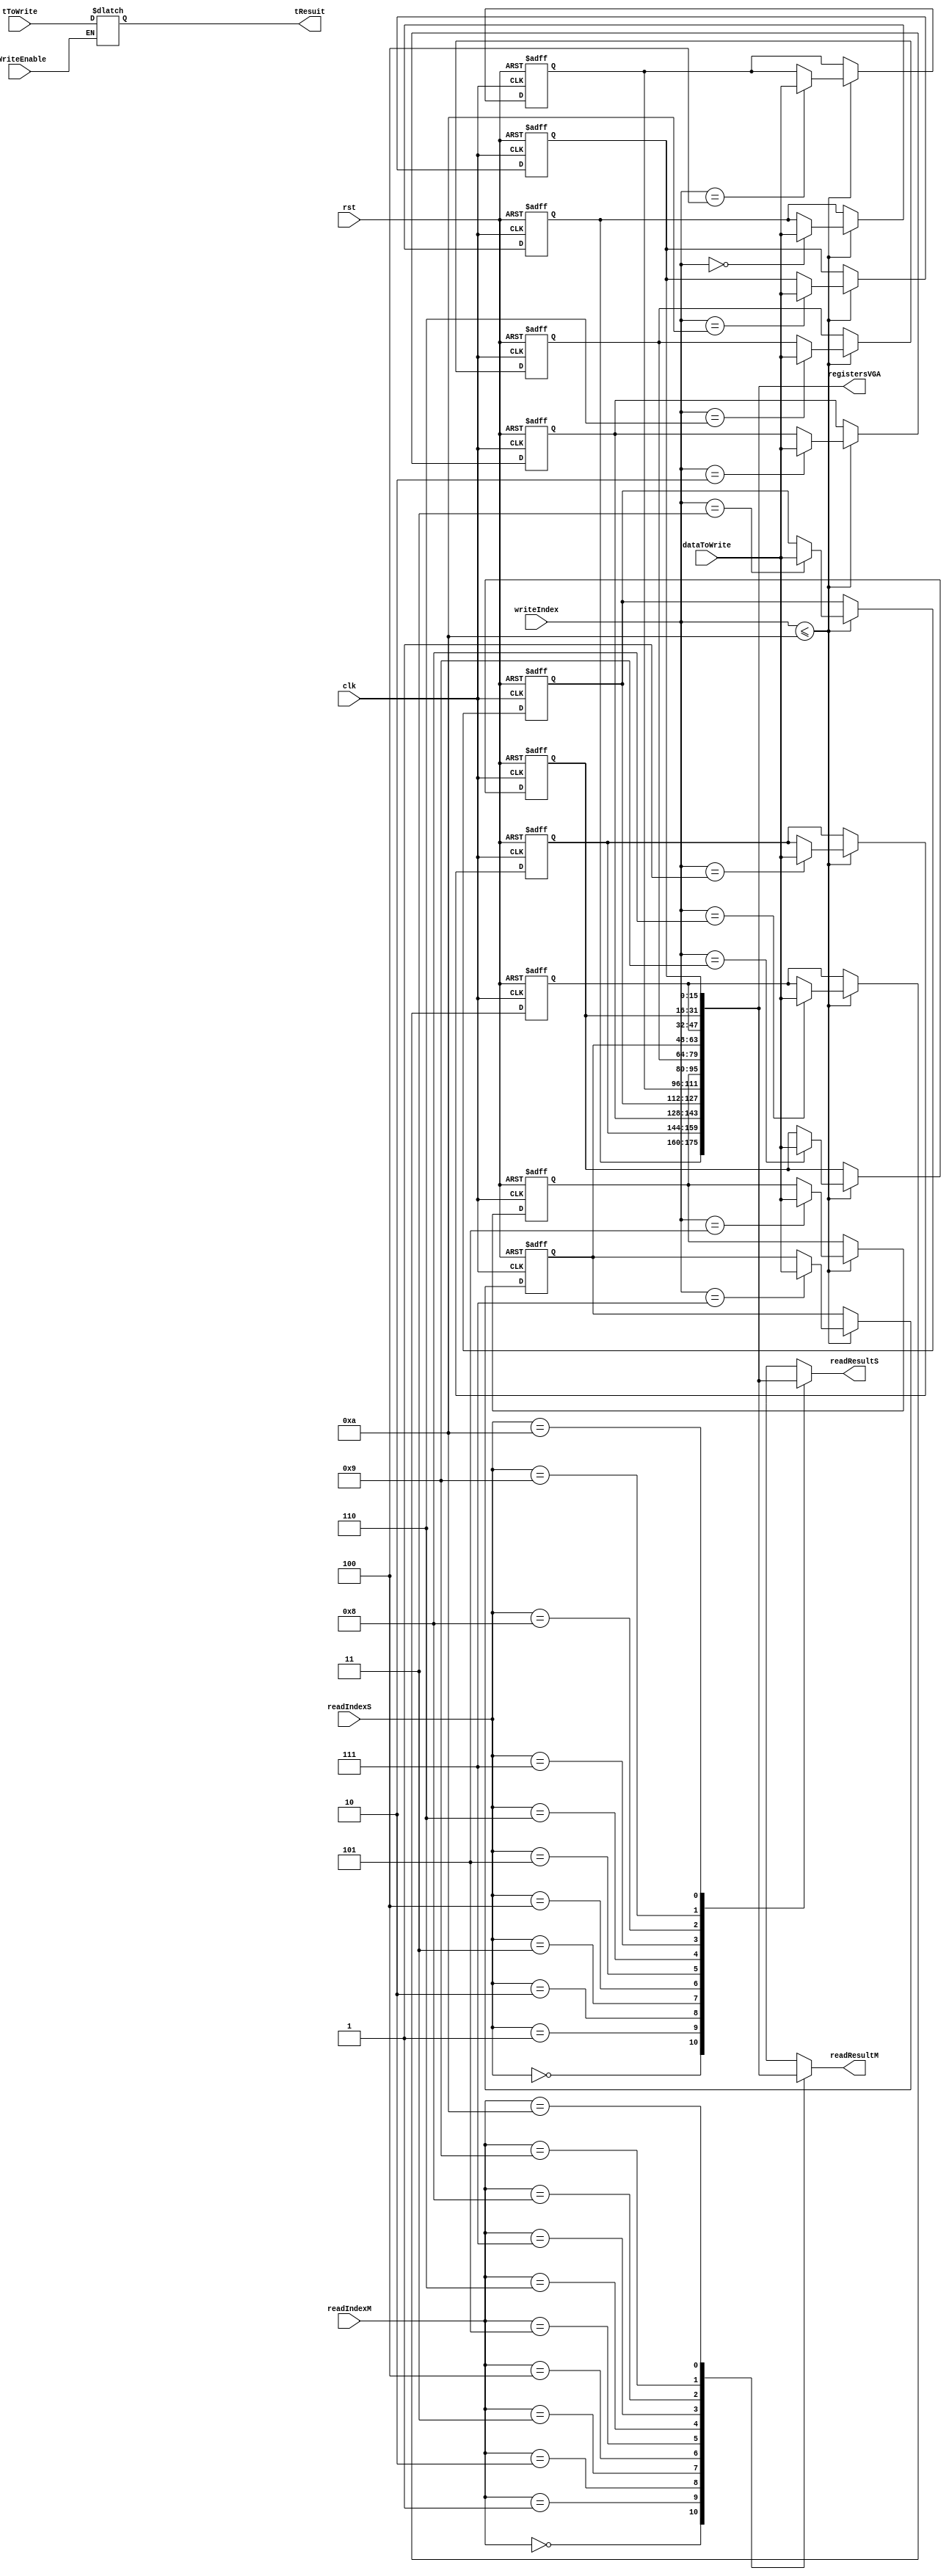
module Register (
  input clk, rst,
  input [3:0] readIndexS, readIndexM,
  input tWriteEnable, tToWrite,
  input [3:0] writeIndex,
  input [15:0] dataToWrite,
  // -- output to vga renderer
  output [175:0] registersVGA,
  output [15:0] readResultS, readResultM,
  output tResuit
);

reg [15:0] registers [0:4'b1010];
reg t;

// 0000 - 0111 R0 - R7;
// 1000 IH
// 1001 SP
// 1010 RA

// -- VGA signal
assign registersVGA = {
  registers[0],
  registers[1],
  registers[2],
  registers[3],
  registers[4],
  registers[5],
  registers[6],
  registers[7],
  registers[8],
  registers[9],
  registers[10]
  };

assign readResultS = registers[readIndexS];
assign readResultM = registers[readIndexM];
assign tResuit = t;

always @ (tWriteEnable, tToWrite)
  if (!tWriteEnable)
    t = tToWrite;

always @ (negedge clk, negedge rst)
begin
  if (!rst)
  begin
    registers[0] = 0;
    registers[1] = 0;
    registers[2] = 0;
    registers[3] = 0;
    registers[4] = 0;
    registers[5] = 0;
    registers[6] = 0;
    registers[7] = 0;

    registers[8] = 0;
    registers[9] = 0;
    registers[10] = 0;
  end
  else
  begin
    if (writeIndex <= 10)
      registers[writeIndex] = dataToWrite;
  end
end

endmodule